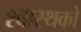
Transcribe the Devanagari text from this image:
श्वास्थको